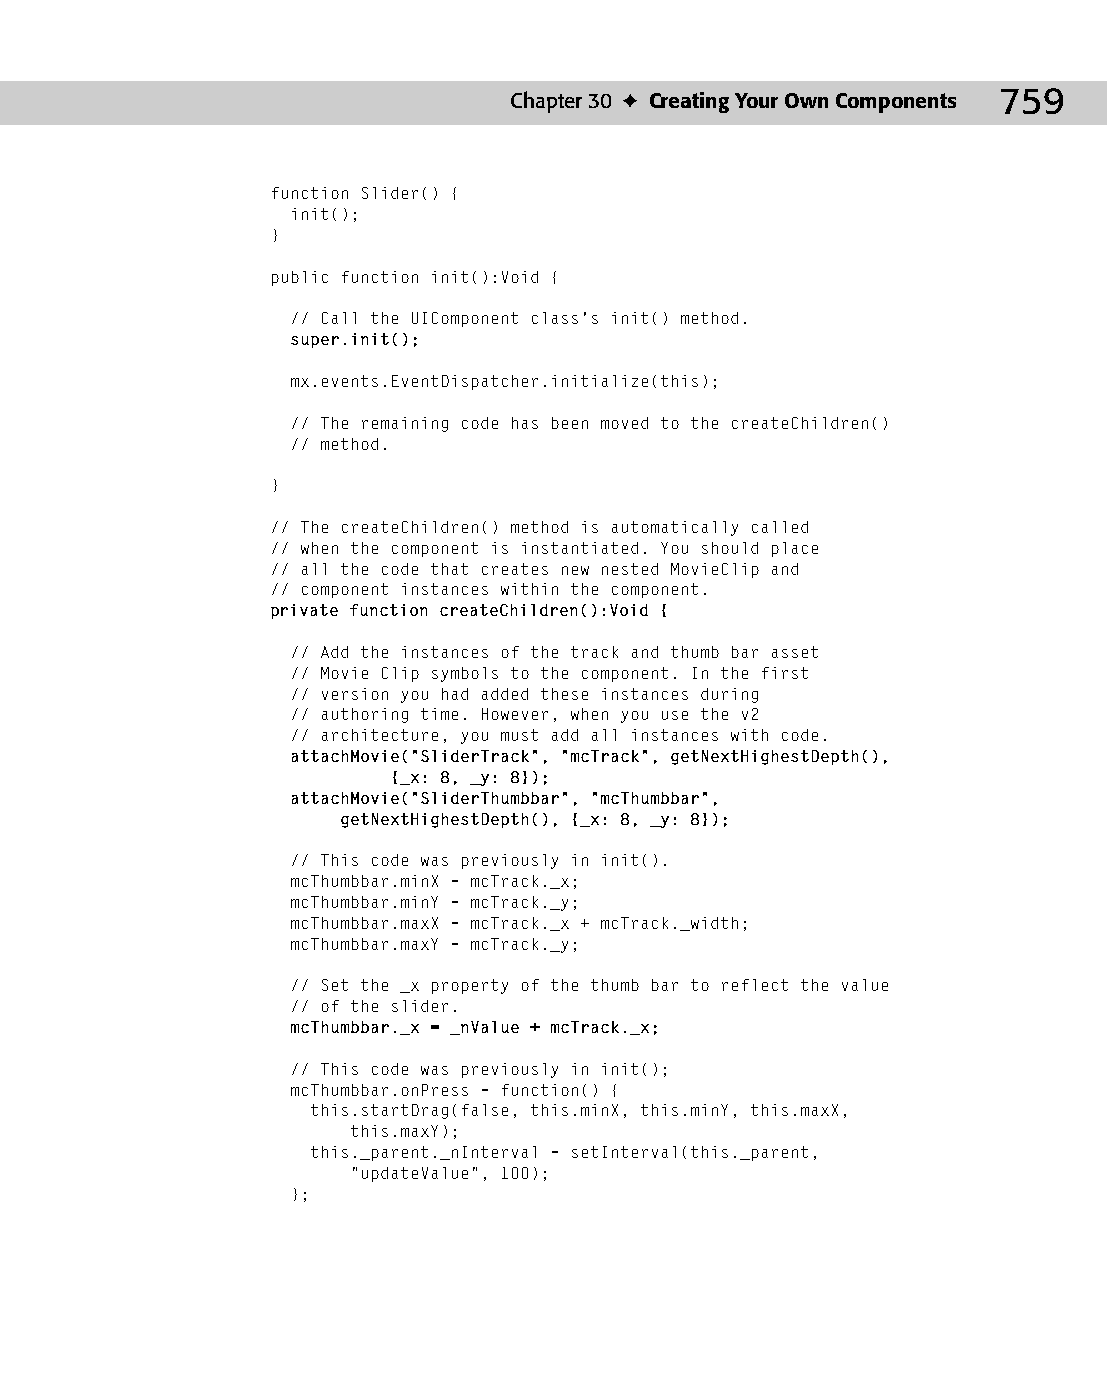
39 543547 ch30.qxd 3/24/04 4:07 PM Page 759
 Chapter 30 ✦ Creating Your Own Components 759
 function Slider() {
 init();
 }
 public function init():Void {
 // Call the UIComponent class’s init() method.
 super.init();
 mx.events.EventDispatcher.initialize(this);
 // The remaining code has been moved to the createChildren()
 // method.
 }
 // The createChildren() method is automatically called
 // when the component is instantiated. You should place
 // all the code that creates new nested MovieClip and
 // component instances within the component.
 private function createChildren():Void {
 // Add the instances of the track and thumb bar asset
 // Movie Clip symbols to the component. In the first
 // version you had added these instances during
 // authoring time. However, when you use the v2
 // architecture, you must add all instances with code.
 attachMovie(“SliderTrack”, “mcTrack”, getNextHighestDepth(),
 {_x: 8, _y: 8});
 attachMovie(“SliderThumbbar”, “mcThumbbar”,
 getNextHighestDepth(), {_x: 8, _y: 8});
 // This code was previously in init().
 mcThumbbar.minX = mcTrack._x;
 mcThumbbar.minY = mcTrack._y;
 mcThumbbar.maxX = mcTrack._x + mcTrack._width;
 mcThumbbar.maxY = mcTrack._y;
 // Set the _x property of the thumb bar to reflect the value
 // of the slider.
 mcThumbbar._x = _nValue + mcTrack._x;
 // This code was previously in init();
 mcThumbbar.onPress = function() {
 this.startDrag(false, this.minX, this.minY, this.maxX,
 this.maxY);
 this._parent._nInterval = setInterval(this._parent,
 “updateValue”, 100);
 };